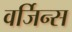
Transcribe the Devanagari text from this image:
वर्जिन्स